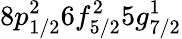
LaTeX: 8p_{1/2}^{2}6f_{5/2}^{2}5g_{7/2}^{1}